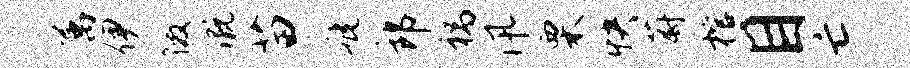
属伊徼溉苗疵郎祸汛栗快蔚棺目亡